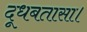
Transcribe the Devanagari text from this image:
दूधबतासा।